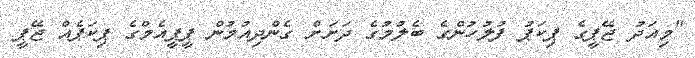
"މިއަދު ޖޭޕީގެ ޕިކަޕު ފުލުހުންގެ ބެލުމުގެ ދަށަށް ގެންދިއުމުން ޕީޕީއެމްގެ ޕިކަޕެއް ޖޭޕީ